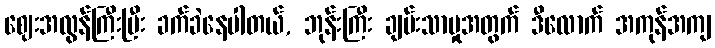
ဈေးအလွန်ကြီးပြီး ခက်ခဲနေပါတယ်, ဘုန်းကြီး ချမ်းသာမှုအတွက် ဒီလောက် အကုန်အကျ